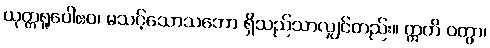
ယုတ္တရူပေါဧဝ၊ မသင့်သောသဘော ရှိသည်သာလျှင်တည်း။ ဣတိ ဝတွာ၊